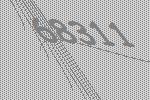
68311